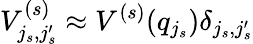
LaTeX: V_{j_{s},j_{s}^{\prime}}^{(s)}\approx V^{(s)}(q_{j_{s}})\delta_{j_{s},j_{s}^{\prime}}